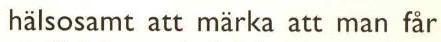
hälsosamt att märka att man får